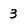
Character: 3